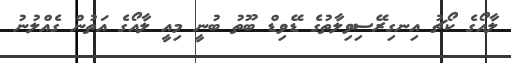
ލާއޯގެ ކޯޗު އިނގިރޭސިވިލާތުގެ ޑޭވިޑް ބޫތު ބުނީ މިއީ ލާއޯގެ އަތުން ގެއްލުނު